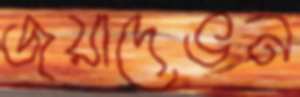
জয়াদেভন